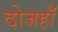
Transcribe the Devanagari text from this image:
दोजहाँ